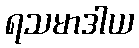
ရသမာဒါယ